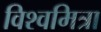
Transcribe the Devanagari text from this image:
विश्वमित्रा